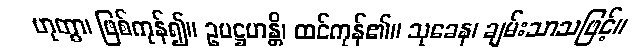
ဟုတွာ၊ ဖြစ်ကုန်၍။ ဥပဋ္ဌဟန္တိ၊ ထင်ကုန်၏။ သုခေန၊ ချမ်းသာသဖြင့်။